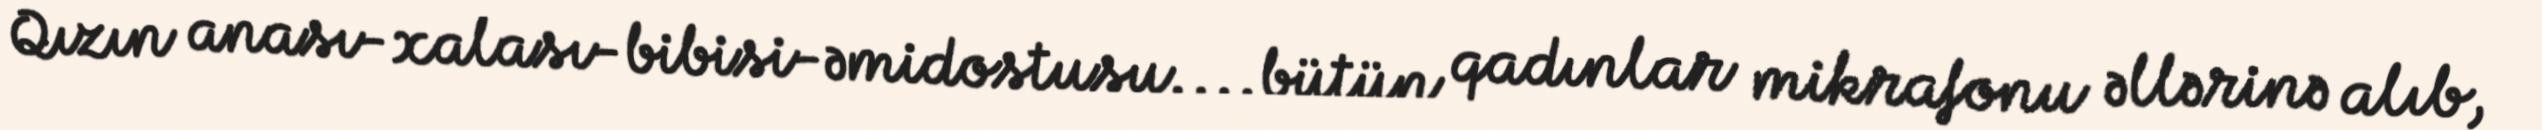
Qızın anası-xalası-bibisi-əmidostusu....bütün qadınlar mikrafonu əllərinə alıb,